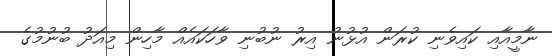
ނާމީއާއި ކައިވެނި ކުރަން އުޅުނު އިރު ނުބުނި ވާހަކައެއް މާހިން މިއަދު ބުނުމުގެ